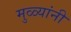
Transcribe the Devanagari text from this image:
मुळ्यांनी